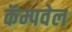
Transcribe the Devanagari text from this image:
कॅम्पवेल